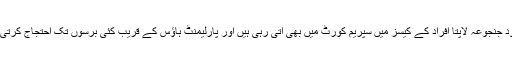
آمنہ مسعود جنجوعہ لاپتا افراد کے کیسز میں سپریم کورٹ میں بھی آتی رہی ہیں اور پارلیمنٹ ہاؤس کے قریب کئی برسوں تک احتجاج کرتی رہی ہیں۔